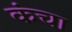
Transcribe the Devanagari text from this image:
कंचा